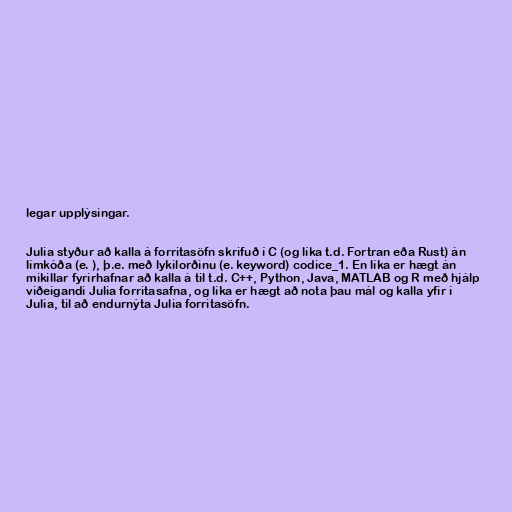
legar upplýsingar.

Julia styður að kalla á forritasöfn skrifuð í C (og líka t.d. Fortran eða Rust) án
límkóða (e. ), þ.e. með lykilorðinu (e. keyword) codice_1. En líka er hægt án
mikillar fyrirhafnar að kalla á til t.d. C++, Python, Java, MATLAB og R með hjálp
viðeigandi Julia forritasafna, og líka er hægt að nota þau mál og kalla yfir í
Julia, til að endurnýta Julia forritasöfn.